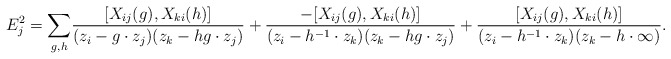
\begin{align*}E_j^2=\underset{g,h}{\sum} \frac{[X_{ij}(g),X_{ki}(h)]}{(z_i-g\cdot z_j)(z_k-hg\cdot z_j)}+\frac{-[X_{ij}(g),X_{ki}(h)]}{(z_i-h^{-1}\cdot z_k)(z_k-hg\cdot z_j)}+\frac{[X_{ij}(g),X_{ki}(h)] }{(z_i-h^{-1}\cdot z_k)(z_k - h\cdot \infty )}.\end{align*}